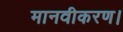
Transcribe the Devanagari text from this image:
मानवीकरण।